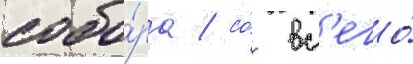
собо́ра / со́ вс'его́